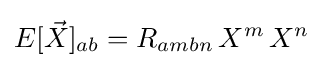
E[{\vec {X}}]_{ab}=R_{ambn}\,X^{m}\,X^{n}